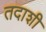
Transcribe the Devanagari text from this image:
तदाशी